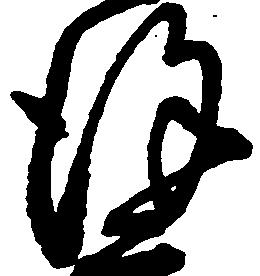
謹